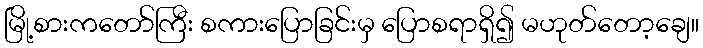
မြို့စားကတော်ကြီး စကားပြောခြင်းမှ ပြောစရာရှိ၍ မဟုတ်တော့ချေ။